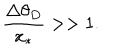
LaTeX: \frac { \Delta \theta _ { D } } { x _ { * } } > > 1 .